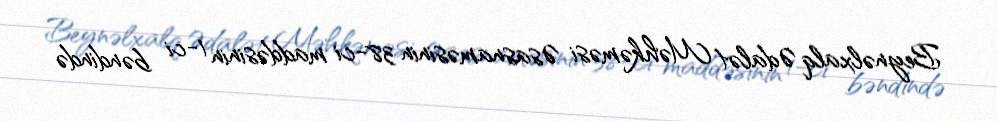
Beynəlxalq Ədalət Məhkəməsi Əsasnaməsinin 38-ci maddəsinin 1-ci bəndində